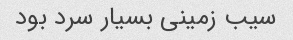
سیب زمینی بسیار سرد بود